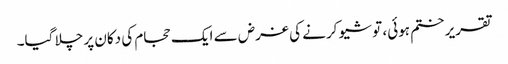
تقریر ختم ہوئی، تو شیو کرنے کی غرض سے ایک حجام کی دکان پر چلا گیا۔